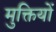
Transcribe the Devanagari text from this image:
मुक्तियों